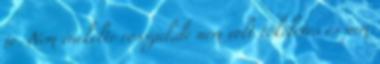
jo. Nem énekelte rosszul,de nem volt tökéletes és nem